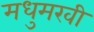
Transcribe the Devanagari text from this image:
मधुमखी